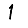
Digit: 1